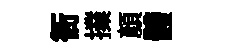
衙擈顏體